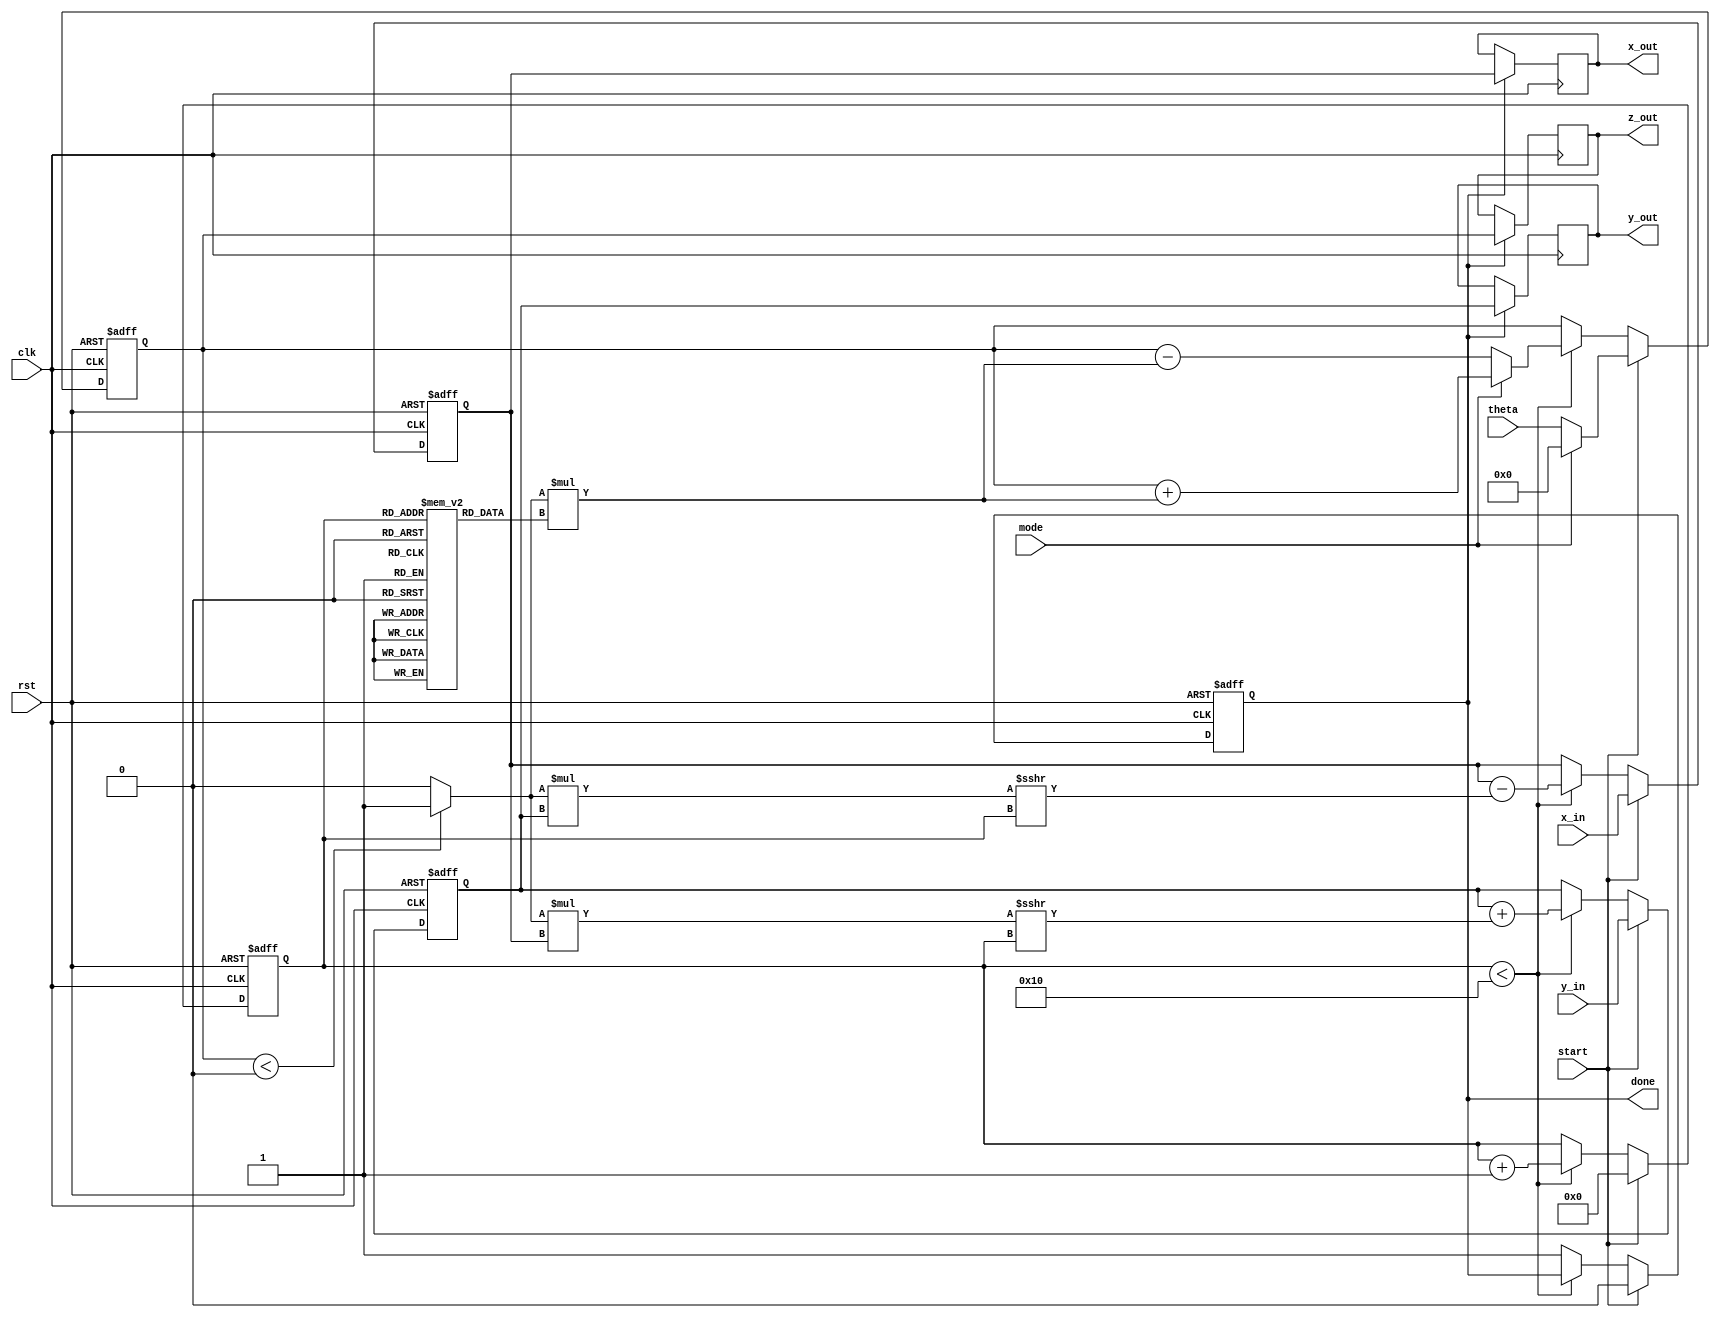
module cordic (
    input wire clk,
    input wire rst,
    input wire start,
    input wire mode,                // 0: Rotation, 1: Vectoring
    input wire signed [15:0] theta, // Input angle (in radians)
    input wire signed [15:0] x_in,   // Initial x vector
    input wire signed [15:0] y_in,   // Initial y vector
    output reg signed [15:0] x_out,  // Output x vector
    output reg signed [15:0] y_out,  // Output y vector
    output reg signed [15:0] z_out,  // Output angle
    output reg done
);

    // Constants
    parameter NUM_ITERATIONS = 16;
    reg signed [15:0] atan_table [0:NUM_ITERATIONS-1];
    initial begin
        // Precomputed arctangent values scaled by 2^15
        atan_table[0]  = 16'd16384;   // atan(1) * 2^15
        atan_table[1]  = 16'd8451;    // atan(0.5) * 2^15
        atan_table[2]  = 16'd4634;    // atan(0.25) * 2^15
        atan_table[3]  = 16'd2396;    // atan(0.125) * 2^15
        // ... more values can be filled in as needed
    end

    // Internal registers
    reg signed [15:0] x_reg;
    reg signed [15:0] y_reg;
    reg signed [15:0] z_reg;
    reg [3:0] iter;                // iteration counter
    reg [3:0] d;                   // direction

    // State Machine
    always @(posedge clk or posedge rst) begin
        if (rst) begin
            x_reg <= 0;
            y_reg <= 0;
            z_reg <= 0;
            iter <= 0;
            done <= 0;
        end else if (start) begin
            // Initialize inputs
            x_reg <= x_in;
            y_reg <= y_in;
            z_reg <= mode ? 0 : theta; // For vectoring mode, start with z=0
            iter <= 0;
            done <= 0;
        end else if (iter < NUM_ITERATIONS) begin
            d = (z_reg < 0) ? 1 : 0; // Determine direction
            // CORDIC rotation equations
            if (mode == 0) begin // Rotation mode
                z_reg <= z_reg - d * atan_table[iter];
            end else begin // Vectoring mode
                z_reg <= z_reg + d * atan_table[iter];
            end
            
            x_reg <= x_reg - (d * y_reg >>> iter);
            y_reg <= y_reg + (d * x_reg >>> iter);

            iter <= iter + 1;
        end else begin
            done <= 1;
        end
    end

    // Output assignment
    always @(posedge clk) begin
        if (done) begin
            x_out <= x_reg;
            y_out <= y_reg;
            z_out <= z_reg;
        end
    end
endmodule